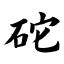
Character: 砣